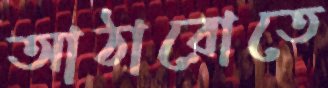
আঠারোতে